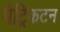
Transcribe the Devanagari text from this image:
मेट्रिकटन